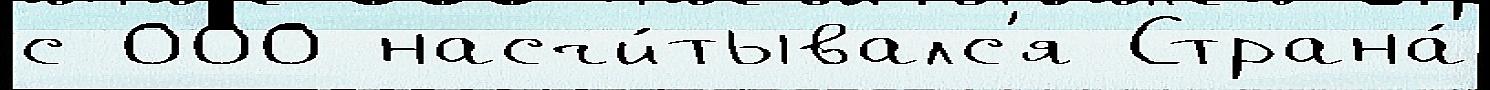
с 000 насчи́тывалс'я Страна́